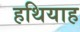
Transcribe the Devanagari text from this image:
हथियाह